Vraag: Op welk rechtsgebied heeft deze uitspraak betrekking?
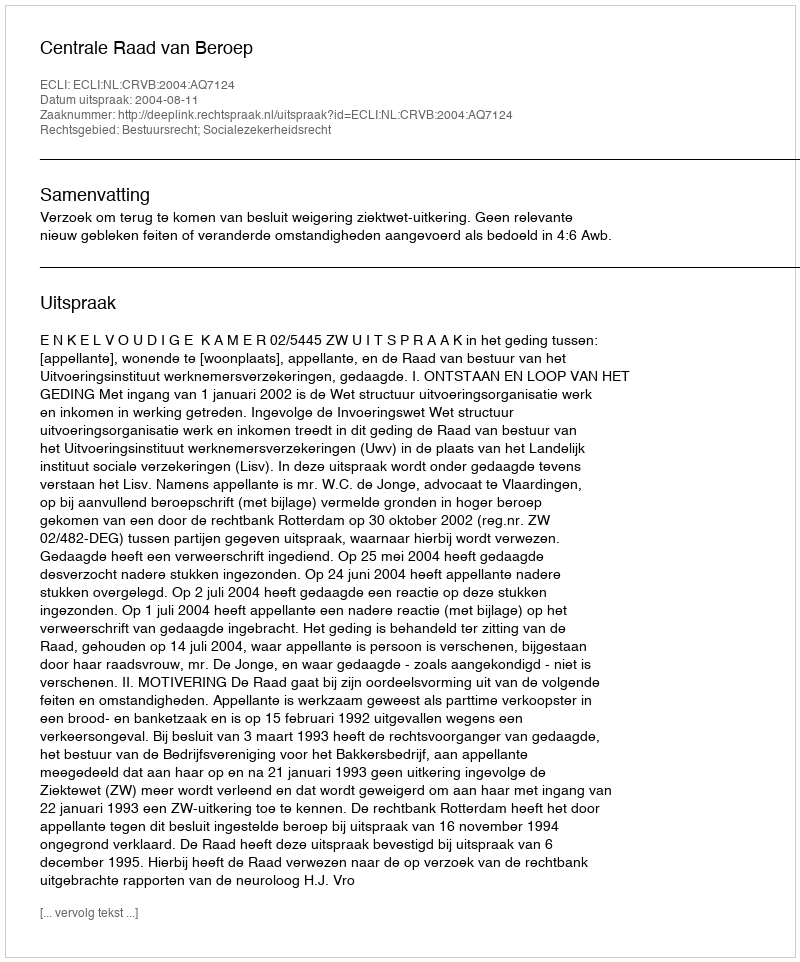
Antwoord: Bestuursrecht; Socialezekerheidsrecht